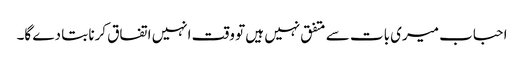
احباب میری بات سے متفق نہیں ہیں تو وقت انہیں اتفاق کرنا بتا دے گا۔